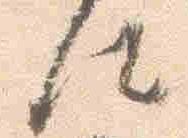
仕